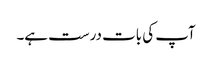
آپ کی بات درست ہے۔